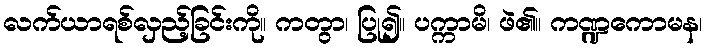
လက်ယာရစ်လှည့်ခြင်းကို။ ကတွာ၊ ပြု၍။ ပက္ကာမိ၊ ဖဲ၏။ ကဏ္ဍကောမန၊